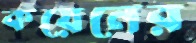
কয়েনের